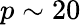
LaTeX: p\sim 20